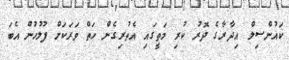
ކައުންސިލް އިދާރާގެ ދޮރު ކުރި މަތީގައި އެތުރިގެން ހަތް ވަރަކަށް ފުލުހުން އެބަ